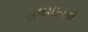
સલમાનનો